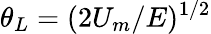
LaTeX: \theta_{L}=(2U_{m}/E)^{1/2}